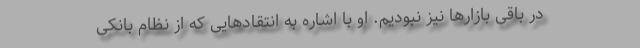
در باقی بازارها نیز نبودیم. او با اشاره به انتقادهایی که از نظام بانکی